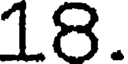
18.